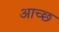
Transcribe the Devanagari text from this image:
आच्छ